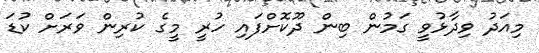
މިއަދު ވިދާޅުވީ ގަމުން ބިން ދޫކޮށްފައި ހުރީ މީގެ ކުރިން ވަަރަށް ކުޑަ